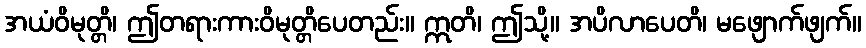
အယံဝိမုတ္တိ၊ ဤတရားကားဝိမုတ္တိပေတည်း။ ဣတိ၊ ဤသို့။ အပိလာပေတိ၊ မဖျောက်ဖျက်။